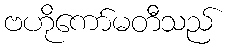
ဗဟိုကော်မတီသည်